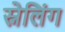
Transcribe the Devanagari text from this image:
स्नेलिंग